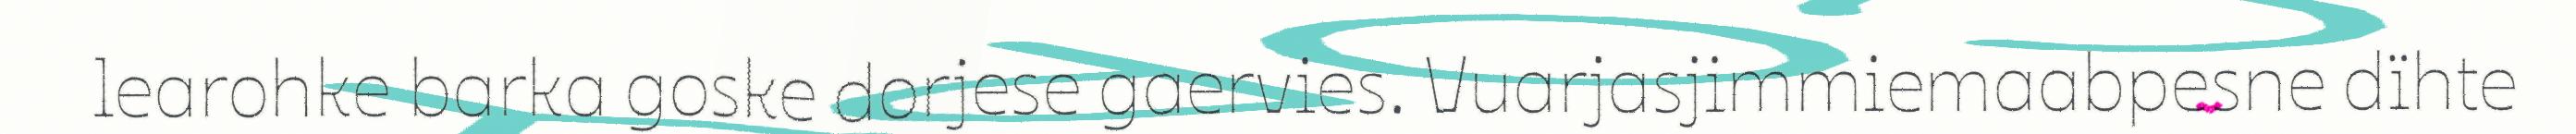
learohke barka goske dorjese gaervies. Vuarjasjimmiemaabpesne dïhte